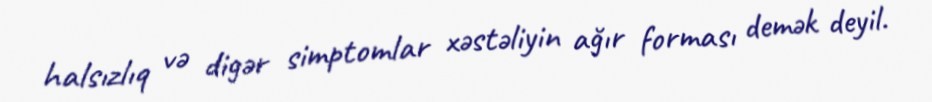
halsızlıq və digər simptomlar xəstəliyin ağır forması demək deyil.